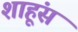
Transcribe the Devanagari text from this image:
शाहूंस